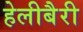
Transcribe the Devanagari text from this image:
हेलीबैरी